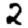
Digit: 2